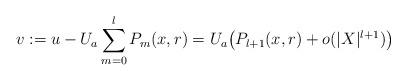
LaTeX: \begin{align*}v := u - U_a\sum_{m =0}^l P_m(x,r) = U_a\big( P_{l+1}(x,r) + o(|X|^{l+1})\big)\end{align*}